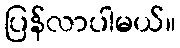
ပြန်လာပါမယ်။